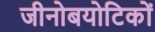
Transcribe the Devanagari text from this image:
जीनोबयोटिकों